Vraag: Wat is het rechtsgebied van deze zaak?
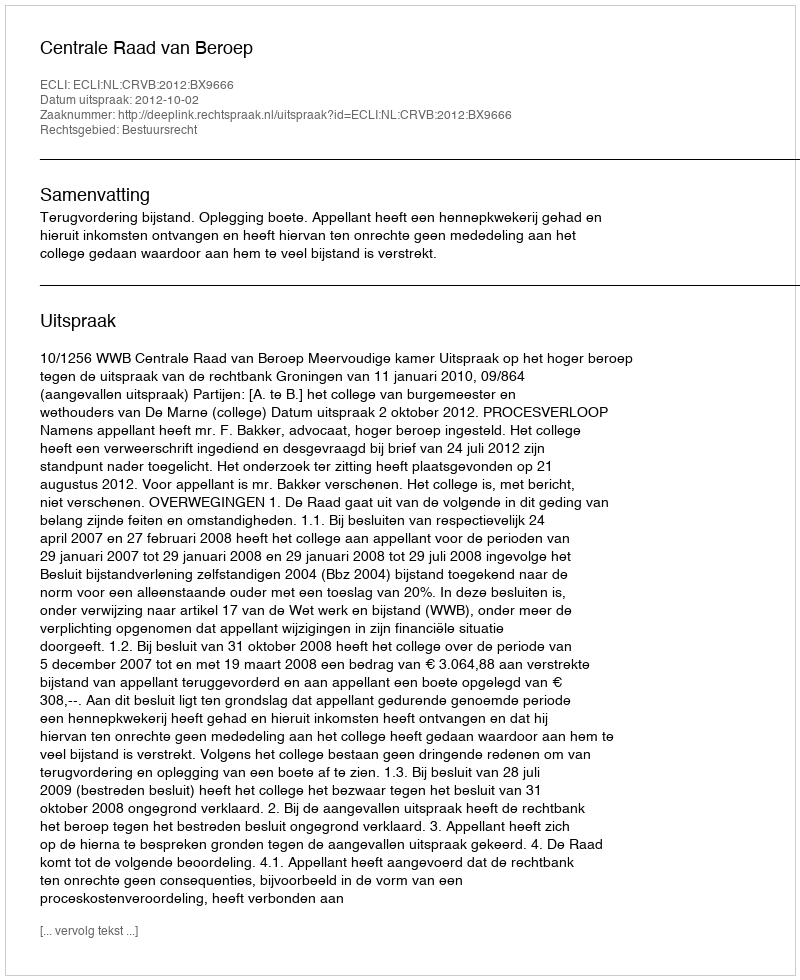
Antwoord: Bestuursrecht